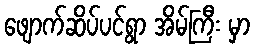
ဖျောက်ဆိပ်ပင်ရွာ အိမ်ကြီး မှာ